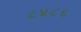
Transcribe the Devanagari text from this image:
८४८६